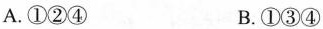
A.①②④ B.①③④